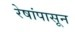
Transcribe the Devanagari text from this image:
रेषांपासून